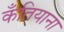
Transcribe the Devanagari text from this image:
कँतियाना